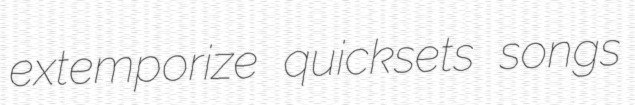
extemporize quicksets songs